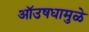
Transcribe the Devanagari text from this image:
ऑउषधामुळे